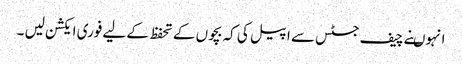
انہوںنے چیف جسٹس سے اپیل کی کہ بچوں کے تحفظ کے لیے فوری ایکشن لیں ۔